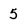
Character: 5